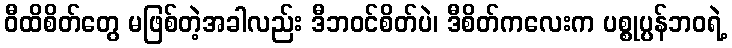
ဝီထိစိတ်တွေ မဖြစ်တဲ့အခါလည်း ဒီဘဝင်စိတ်ပဲ၊ ဒီစိတ်ကလေးက ပစ္စုပ္ပန်ဘဝရဲ့